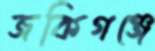
জকিগঞ্জে